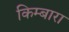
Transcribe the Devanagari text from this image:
किम्बारा